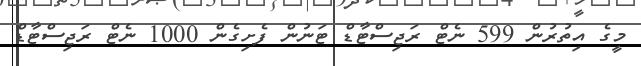
މީގެ އިތުރުން 599 ނެޓް ރަޖިސްޓާޑް ޓަނުން ފެށިގެން 1000 ނެޓް ރަޖިސްޓާޑް